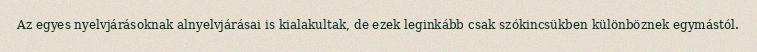
Az egyes nyelvjárásoknak alnyelvjárásai is kialakultak, de ezek leginkább csak szókincsükben különböznek egymástól.